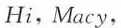
Hi, Macy,